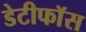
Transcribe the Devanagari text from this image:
डेटीफाॅस